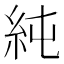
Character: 純